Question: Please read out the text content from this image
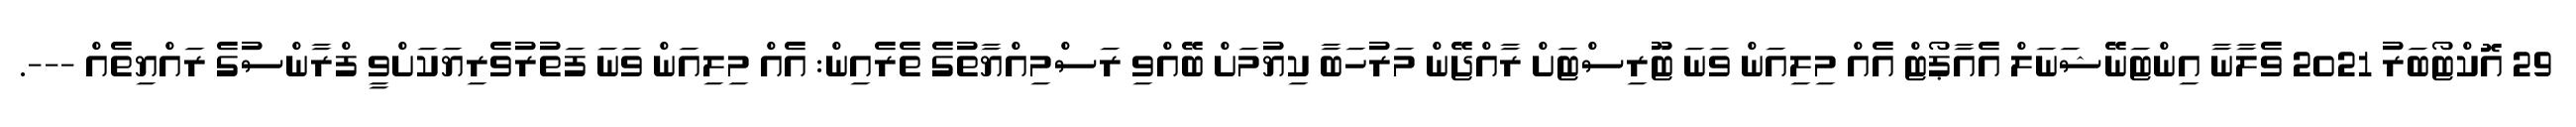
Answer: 29 އޮކްޓޯބަރު 2021 ވެލާނާ އިންޓަނޭޝަނަލް އެއާޕޯޓް އެއް މިލިއަން ވަނަ ޓޫރިސްޓަށް ރާއްޖޭން މަރުހަބާ ކިޔުމަށް ބޭއްވި ރަސްމިއްޔާތުގެ ތެރެއިން: އެއް މިލިއަން ވަނަ ފަތުރުވެރިޔަކަށްވީ ފްރާންސުގެ ރައްޔިތެއް ---.